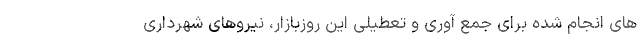
های انجام شده برای جمع آوری و تعطیلی این روزبازار، نیروهای شهرداری